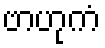
ဗာဟုကံ